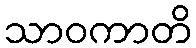
သာဝကာတိ